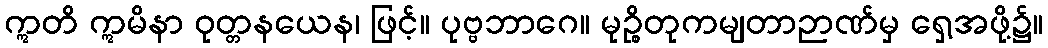
ဣတိ ဣမိနာ ဝုတ္တနယေန၊ ဖြင့်။ ပုဗ္ဗဘာဂေ။ မုဉ္စိတုကမျတာဉာဏ်မှ ရှေ့အဖို့၌။